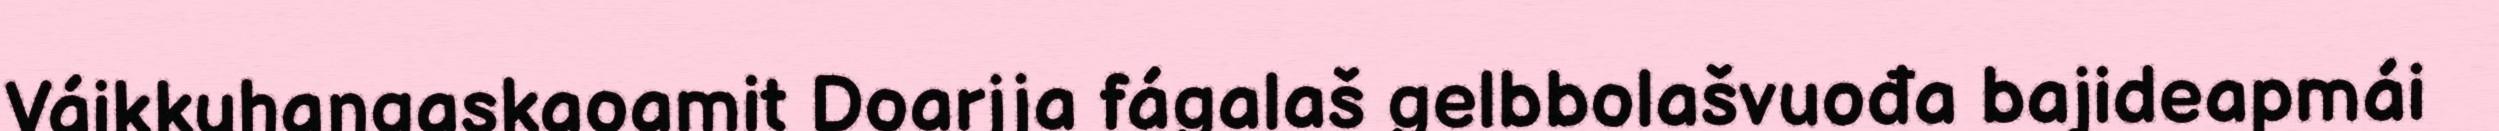
Váikkuhangaskaoamit Doarjja fágalaš gelbbolašvuođa bajideapmái